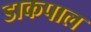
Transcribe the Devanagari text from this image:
डाकपाल